Medical and sanitary report of the native army of Bengal for the year
Year: 1877
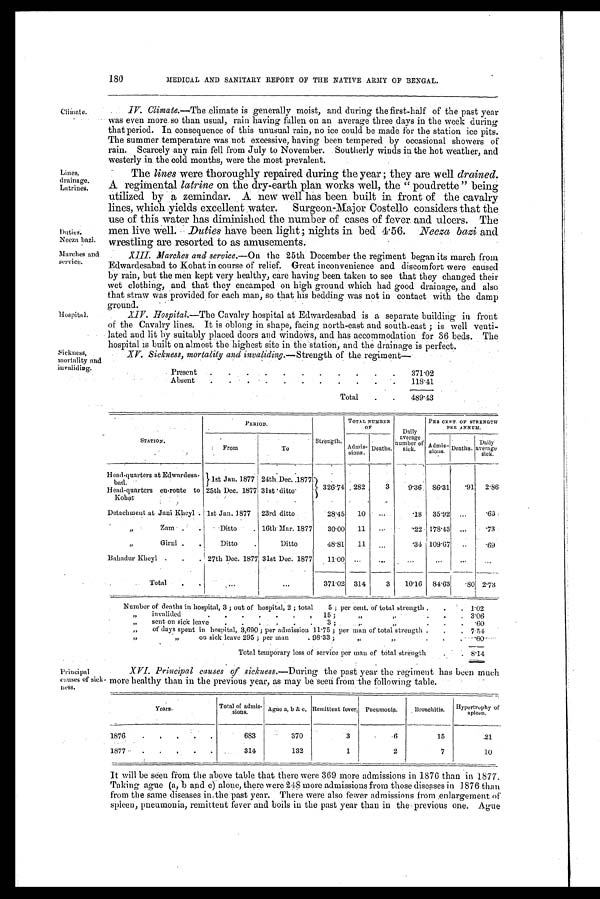
180
MEDICAL AND SANITARY REPORT OF THE NATIVE ARMY OF BENGAL.
Climate.
Lines,
drainage.
Latrines.
Duties.
Neeza bazi.
Marches and
service.
Hospita
Sick ness,
mortality and
invaliding.
IV. Climate.—The climate is generally moist, and during the first-half of the past year
was even more. so than usual, rain having fallen on an average three days in the week during
that period. In consequence of this unusual rain, no ice could be made for the station ice pits.
The summer temperature was not excessive, having been tempered by occasional showers of
rain. Scarcely any rain fell from July to November. Southerly winds in the hot weather, and
westerly in the cold months, were the most prevalent.
The lines were thoroughly repaired during the year; they are well drained.
A regimental latrine on the dry-earth plan works well, the "poudrette" being
utilized by a zemindar. A new well has been built in front of the cavalry
lines, which yields excellent water. Surgeon-Major Costello considers that the
use of this water has diminished the number of cases of fever and ulcers. The
men live well. Duties have been light; nights in bed 4.56. Neeza bazi and
wrestling are resorted to as amusements.
XIII. Marches and service.— On the 25th December the regiment began its march from
Edwardesabad to Kohat in course of relief. Great inconvenience and discomfort were caused
by rain, but the men kept very healthy, care having been taken to see that they changed their
wet clothing, and that they encamped on high ground which had good drainage, and also
that straw was provided for each man, so that his bedding was not in contact with the damp
ground.
XIV. Hospital.—The Cavalry hospital at Edwardesabad is a separate building in front
of the Cavalry lines. It is oblong in shape, facing north-east and south-east; is well venti-
lated and lit by suitably placed doors and windows, and has accommodation for 36 beds. The
hospital is built on almost the highest site in the station, and the drainage is perfect.
XV. Sickness, mortality and invaliding.— Strength of the regiment—
Present
. .
.
. .
.
.
.
.
.
.
371.02
Absent
.
. .
.
.
.
.
.
.
.
.
118.41
Total
.
.
489.43
STATION.
PERIOD .
Strength.
TOTAL NUMBER
OF
Daily
average
number of
sick. '
P E R C E N T . O F S T R E N G T H P E R A N N U M .
From
To
Admis-
sions.
Deaths.
A dmis-
sions. Deaths. Daily
average
sick.
H e a d - q u a r t e r s a t E d w a r d e s a - b a d .
1st Jan. 1877 24th.Dec. 1877
326.74 2 8 2
3
9.36 86.31
.91
2.86
Head-quarters en-route to
Kohat
25th Dec. 1877 31st ditto
Detachment at Jani Kheyl . 1st Jan. 1877 23rd ditto
28.45
10
. . .
. 1 8 35.92 ...
.63
"
Zam
.
.
Ditto
. 16th Mar. 1877
30.00
11
. . .
. 2 2 178.43 ... .73
"
Girni .
.
Ditto
.
Ditto
48.81
11
. . .
.34 109.67
. . .
.69
Bahadur Kheyl .
.
. 27th Dec. 1877 31st Dec. 1877
11.00 ...
...
...
...
...
Total .
.
.
...
...
371.02 314
3
10.16 84.63
.80 2.73
Number of deaths in hospital, 3; out of hospital, 2 ; total
5 ; per cent. of total strength .
.
. 1.02
„
invalided
.
.
.
.
.
.
.
15 ;
„ „
.
.
.
3.06
„
sent on sick leave
.
. . .
. . 3;
„ „
.
.
.
. 6 0
„
of days spent in hospital, 3,690; per admission 11. 75 ; per man of total strength .
.
.
7 . 5 4
„ „
on sick leave 295 ; per man
. 98 .33;
„
„
.
.
.
. 6 0
T o t a l t e m p o r a r y
l o s s o f
s e r v i c e p e r m a n o f t o t a l s t r e n g t h
. .
8 . 1 4
Principal
Causes of sick-
ness.
•
XVI. Principal causes of sickuess.— During the past year the regiment has been much
more healthy than in the previous year, as may be seen from the following table.
Years.
Total of admis-
sions.
Ague a, b & c. Remittent fever, Pneumonia.
B r o n c h i t i s Hypertrophy of
spleen.
1876
.
.
. . .
683
370
3
6
15
21
1877
.
.
. . .
314
132
1
2
7
10
It will be seen from the above table that there were 369 more admissions in 1876 than in 1877.
Taking ague (a, b and c) alone, there were 248 more admissions from those discuses in 1876 than
from the same diseases in the past year. There were also fewer admissions from enlargement of
spleen, pneumonia, remittent fever and boils in the past year than in the previous one. Ague